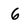
Character: 6